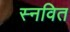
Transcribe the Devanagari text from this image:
स्नवित